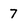
Character: 7